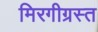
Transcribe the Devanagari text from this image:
मिरगीग्रस्त